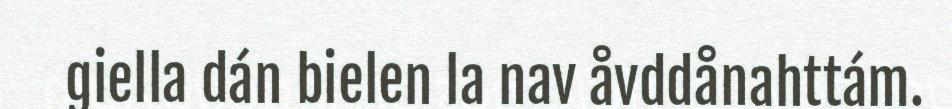
giella dán bielen la nav åvddånahttám.